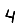
Digit: 4